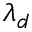
\lambda _ { d }